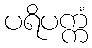
ပရိပက္ကံ